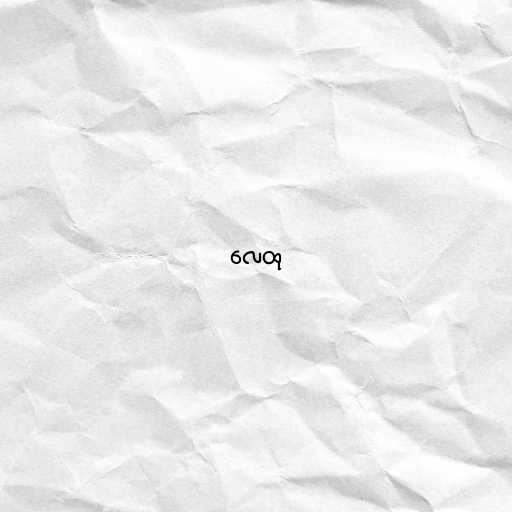
လေထု